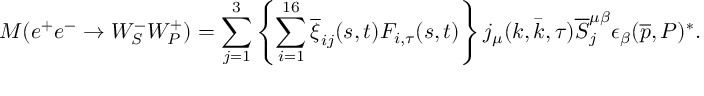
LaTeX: { \cal M } ( e ^ { + } e ^ { - } \rightarrow W _ { S } ^ { - } W _ { P } ^ { + } ) = \sum _ { j = 1 } ^ { 3 } \left\{ \sum _ { i = 1 } ^ { 1 6 } \overline { { { \xi } } } _ { i j } ( s , t ) F _ { i , \tau } ( s , t ) \right\} j _ { \mu } ( k , \bar { k } , \tau ) \overline { { { S } } } _ { j } ^ { \mu \beta } \epsilon _ { \beta } ( \overline { { { p } } } , P ) ^ { \ast } .